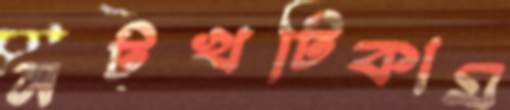
নটখটিকাম